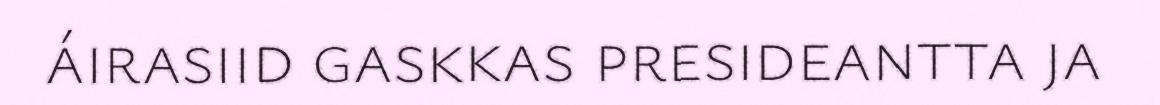
áirasiid gaskkas presideantta ja